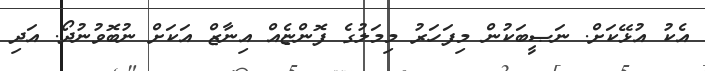
އެކު އުޅޭކަށް. ނަޞީބަކުން މިފަހަރު މިމަލުގެ ފޮންޏެއް އިނާޒް އަކަށް ނުބޮވުނުދޯ. އަދި